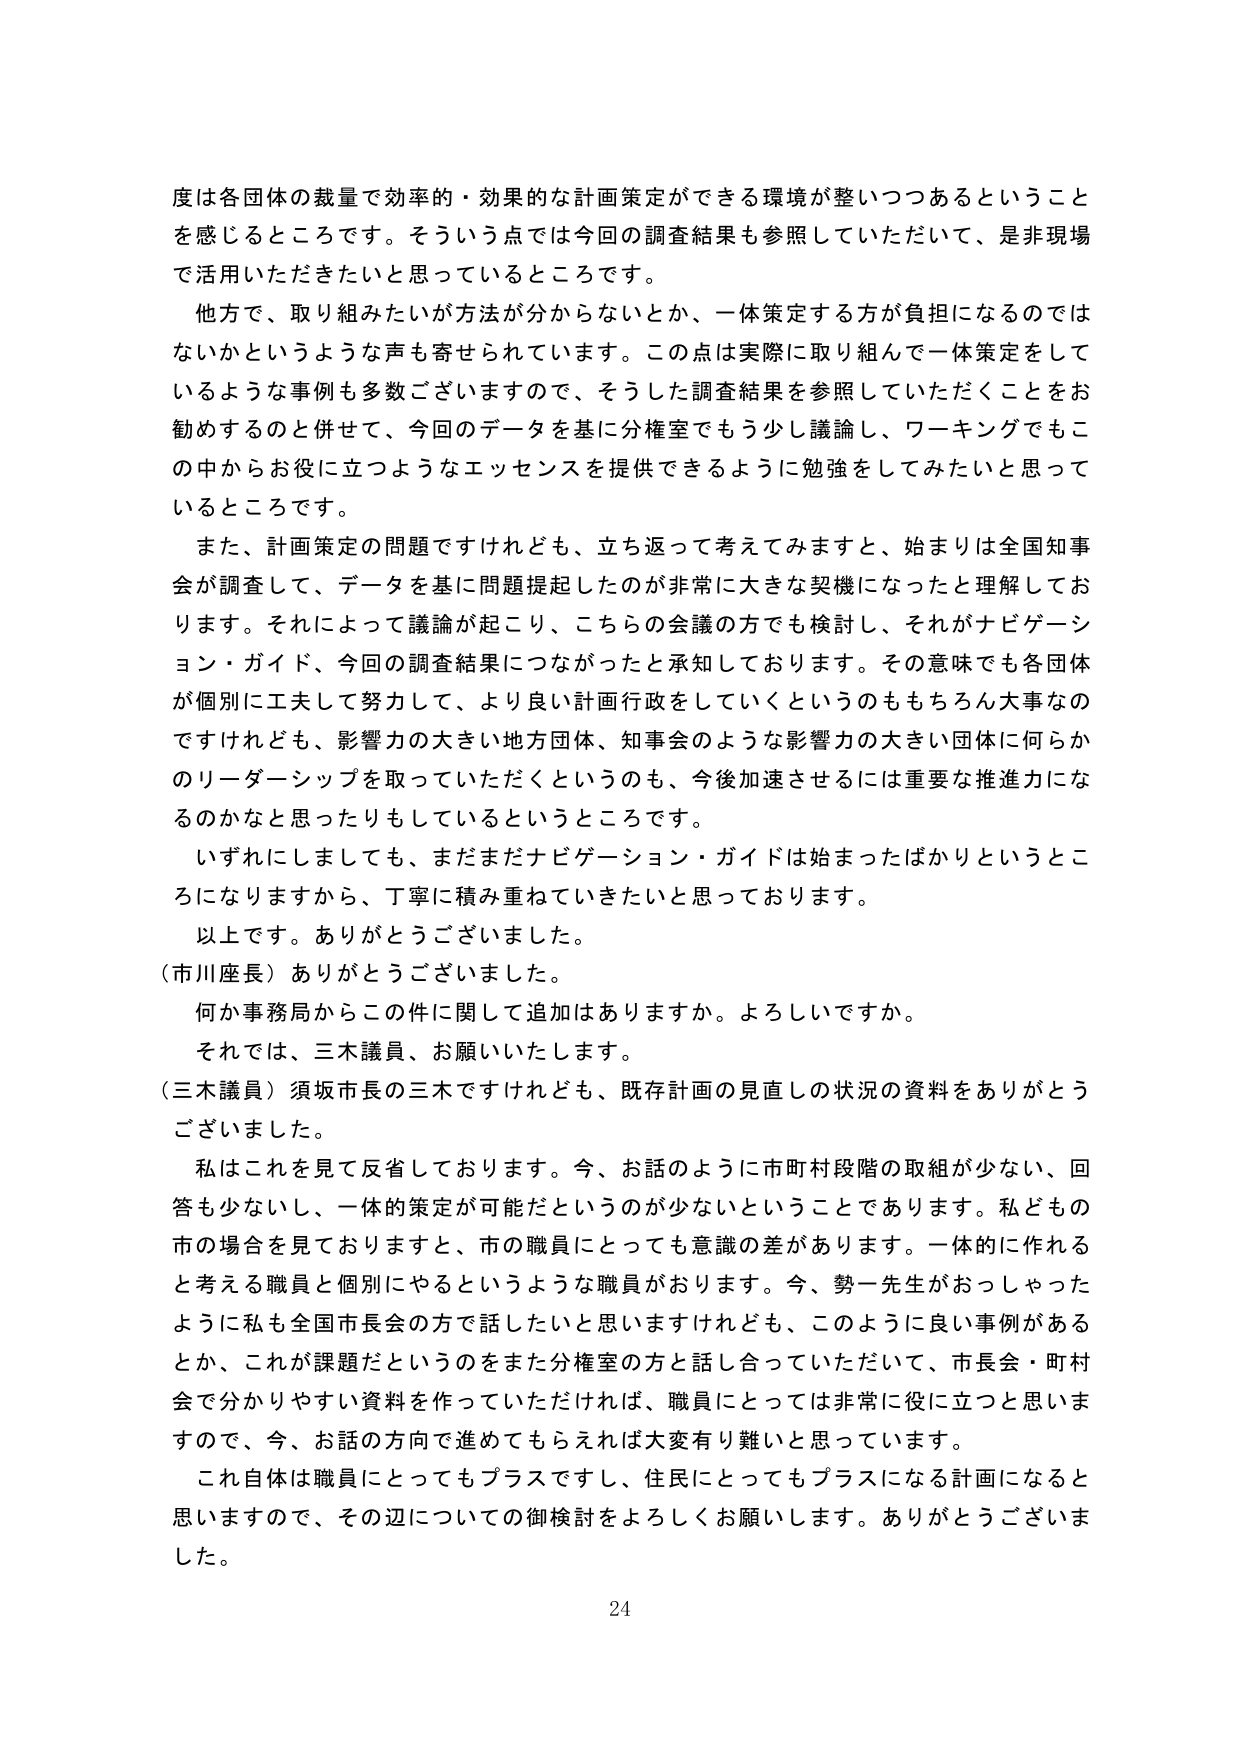
度は各団体の裁量で効率的・効果的な計画策定ができる環境が整いつつあるということを感じるところです。そういう点では今回の調査結果も参照していただいて、是非現場で活用いただきたいと思っているところです。

他方で、取り組みたいが方法が分からないとか、一体策定する方が負担になるのではないかというような声も寄せられています。この点は実際に取り組んで一体策定をしているような事例も多数ございますので、そうした調査結果を参照していただくことをお勧めするのと併せて、今回のデータを基に分権室でもう少し議論し、ワーキングでもこの中からお役に立つようなエッセンスを提供できるように勉強をしてみたいと思っているところです。

また、計画策定の問題ですけれども、立ち返って考えてみますと、始まりは全国知事会が調査して、データを基に問題提起したのが非常に大きな契機になったと理解しております。それによって議論が起こり、こちらの会議の方でも検討し、それがナビゲーション・ガイド、今回の調査結果につながったと承知しております。その意味でも各団体が個別に工夫して努力して、より良い計画行政をしていくというのももちろん大事なのですけれども、影響力の大きい地方団体、知事会のような影響力の大きい団体に何らかのリーダーシップを取っていただくというのも、今後加速させるには重要な推進力になるのかなと思ったりもしているというところです。

いずれにしましても、まだまだナビゲーション・ガイドは始まったばかりというところになりますから、丁寧に積み重ねていきたいと思っております。

以上です。ありがとうございました。

（市川座長）ありがとうございました。

何か事務局からこの件に関して追加はありますか。よろしいですか。

それでは、三木議員、お願いいたします。

（三木議員）須坂市長の三木ですけれども、既存計画の見直しの状況の資料をありがとうございました。

私はこれを見て反省しております。今、お話のように市町村段階の取組が少ない、回答も少ないし、一体的策定が可能だというのが少ないということでありります。私どもの市の場合を見ておりますと、市の職員にとっても意識の差があります。一体的に作れると考える職員と個別にやるというような職員がおります。今、勢一先生がおっしゃったように私も全国市長会の方で話したいと思いますけれども、このように良い事例があるとか、これが課題だというのをまた分権室の方と話し合っていただいて、市長会・町村会で分かりやすい資料を作っていただければ、職員にとっては非常に役に立つと思いますので、今、お話の方向で進めてもらえれば大変有り難いと思っています。

これ自体は職員にとってもプラスですし、住民にとってもプラスになる計画になると思いますので、その辺についての御検討をよろしくお願いします。ありがとうございました。

24